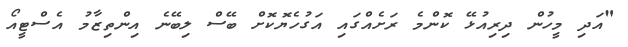
"އަދި މީހުން ދިރިއުޅޭ ކޮންމެ ރަށެއްގައި އަގުހެޔޮކޮށް ބޭސް ލިބޭނެ އިންތިޒާމު އެސްޓީއޯ